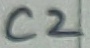
Text: C2